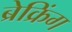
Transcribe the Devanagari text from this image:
ब्रेक्रिंग